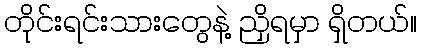
တိုင်းရင်းသားတွေနဲ့ ညှိရမှာ ရှိတယ်။